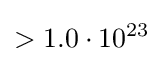
>1.0\cdot 10^{23}